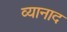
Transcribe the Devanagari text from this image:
व्यानाद